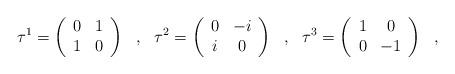
LaTeX: \begin{align*}\tau^1=\left(\begin{array}{c c}0 & 1 \\1 & 0 \end{array}\right)\ \ ,\ \ \tau^2=\left(\begin{array}{c c}0 & -i \\i & 0 \end{array}\right)\ \ ,\ \ \tau^3=\left(\begin{array}{c c}1 & 0 \\0 & -1 \end{array}\right)\ \ ,\end{align*}